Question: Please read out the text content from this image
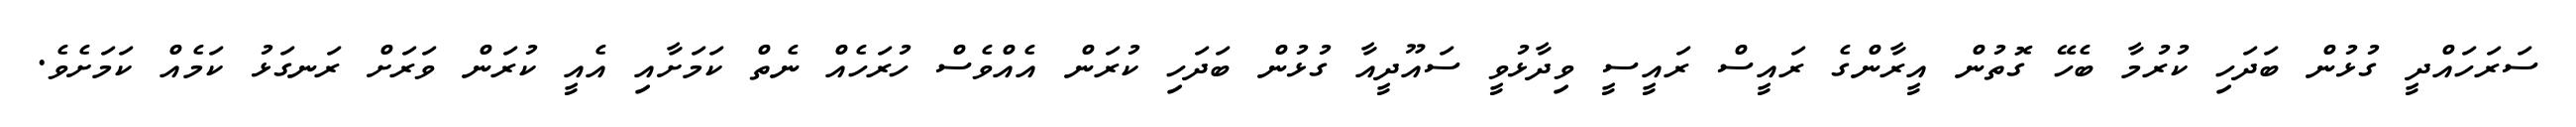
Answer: ސަރަހައްދީ ގުޅުން ބަދަހި ކުރުމާ ބެހޭ ގޮތުން އީރާންގެ ރައީސް ރައީސީ ވިދާޅުވީ ސައޫދީއާ ގުޅުން ބަދަހި ކުރަން އެއްވެސް ހުރަހެއް ނެތް ކަމަށާއި އެއީ ކުރަން ވަރަށް ރަނގަޅު ކަމެއް ކަމަށެވެ.